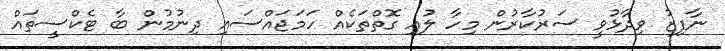
ނާފިޒު ވިދާޅުވީ ސަރުކާރުން މިހާ ލުއި ގޮތްތަކެއް ހަމަޖައްސައި ދިނުމުން ބާ ޓެކްސީތައް